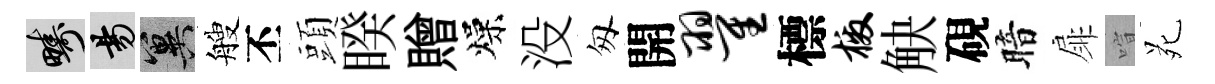
疇昜冀艘丕頭睽贈燥没匆開翟標檄觖硯暗扉喧苑